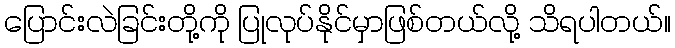
ပြောင်းလဲခြင်းတို့ကို ပြုလုပ်နိုင်မှာဖြစ်တယ်လို့ သိရပါတယ်။